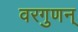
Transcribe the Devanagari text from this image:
वरगुणन्